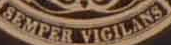
SEMPER VIGILANS